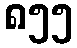
၈၅၅